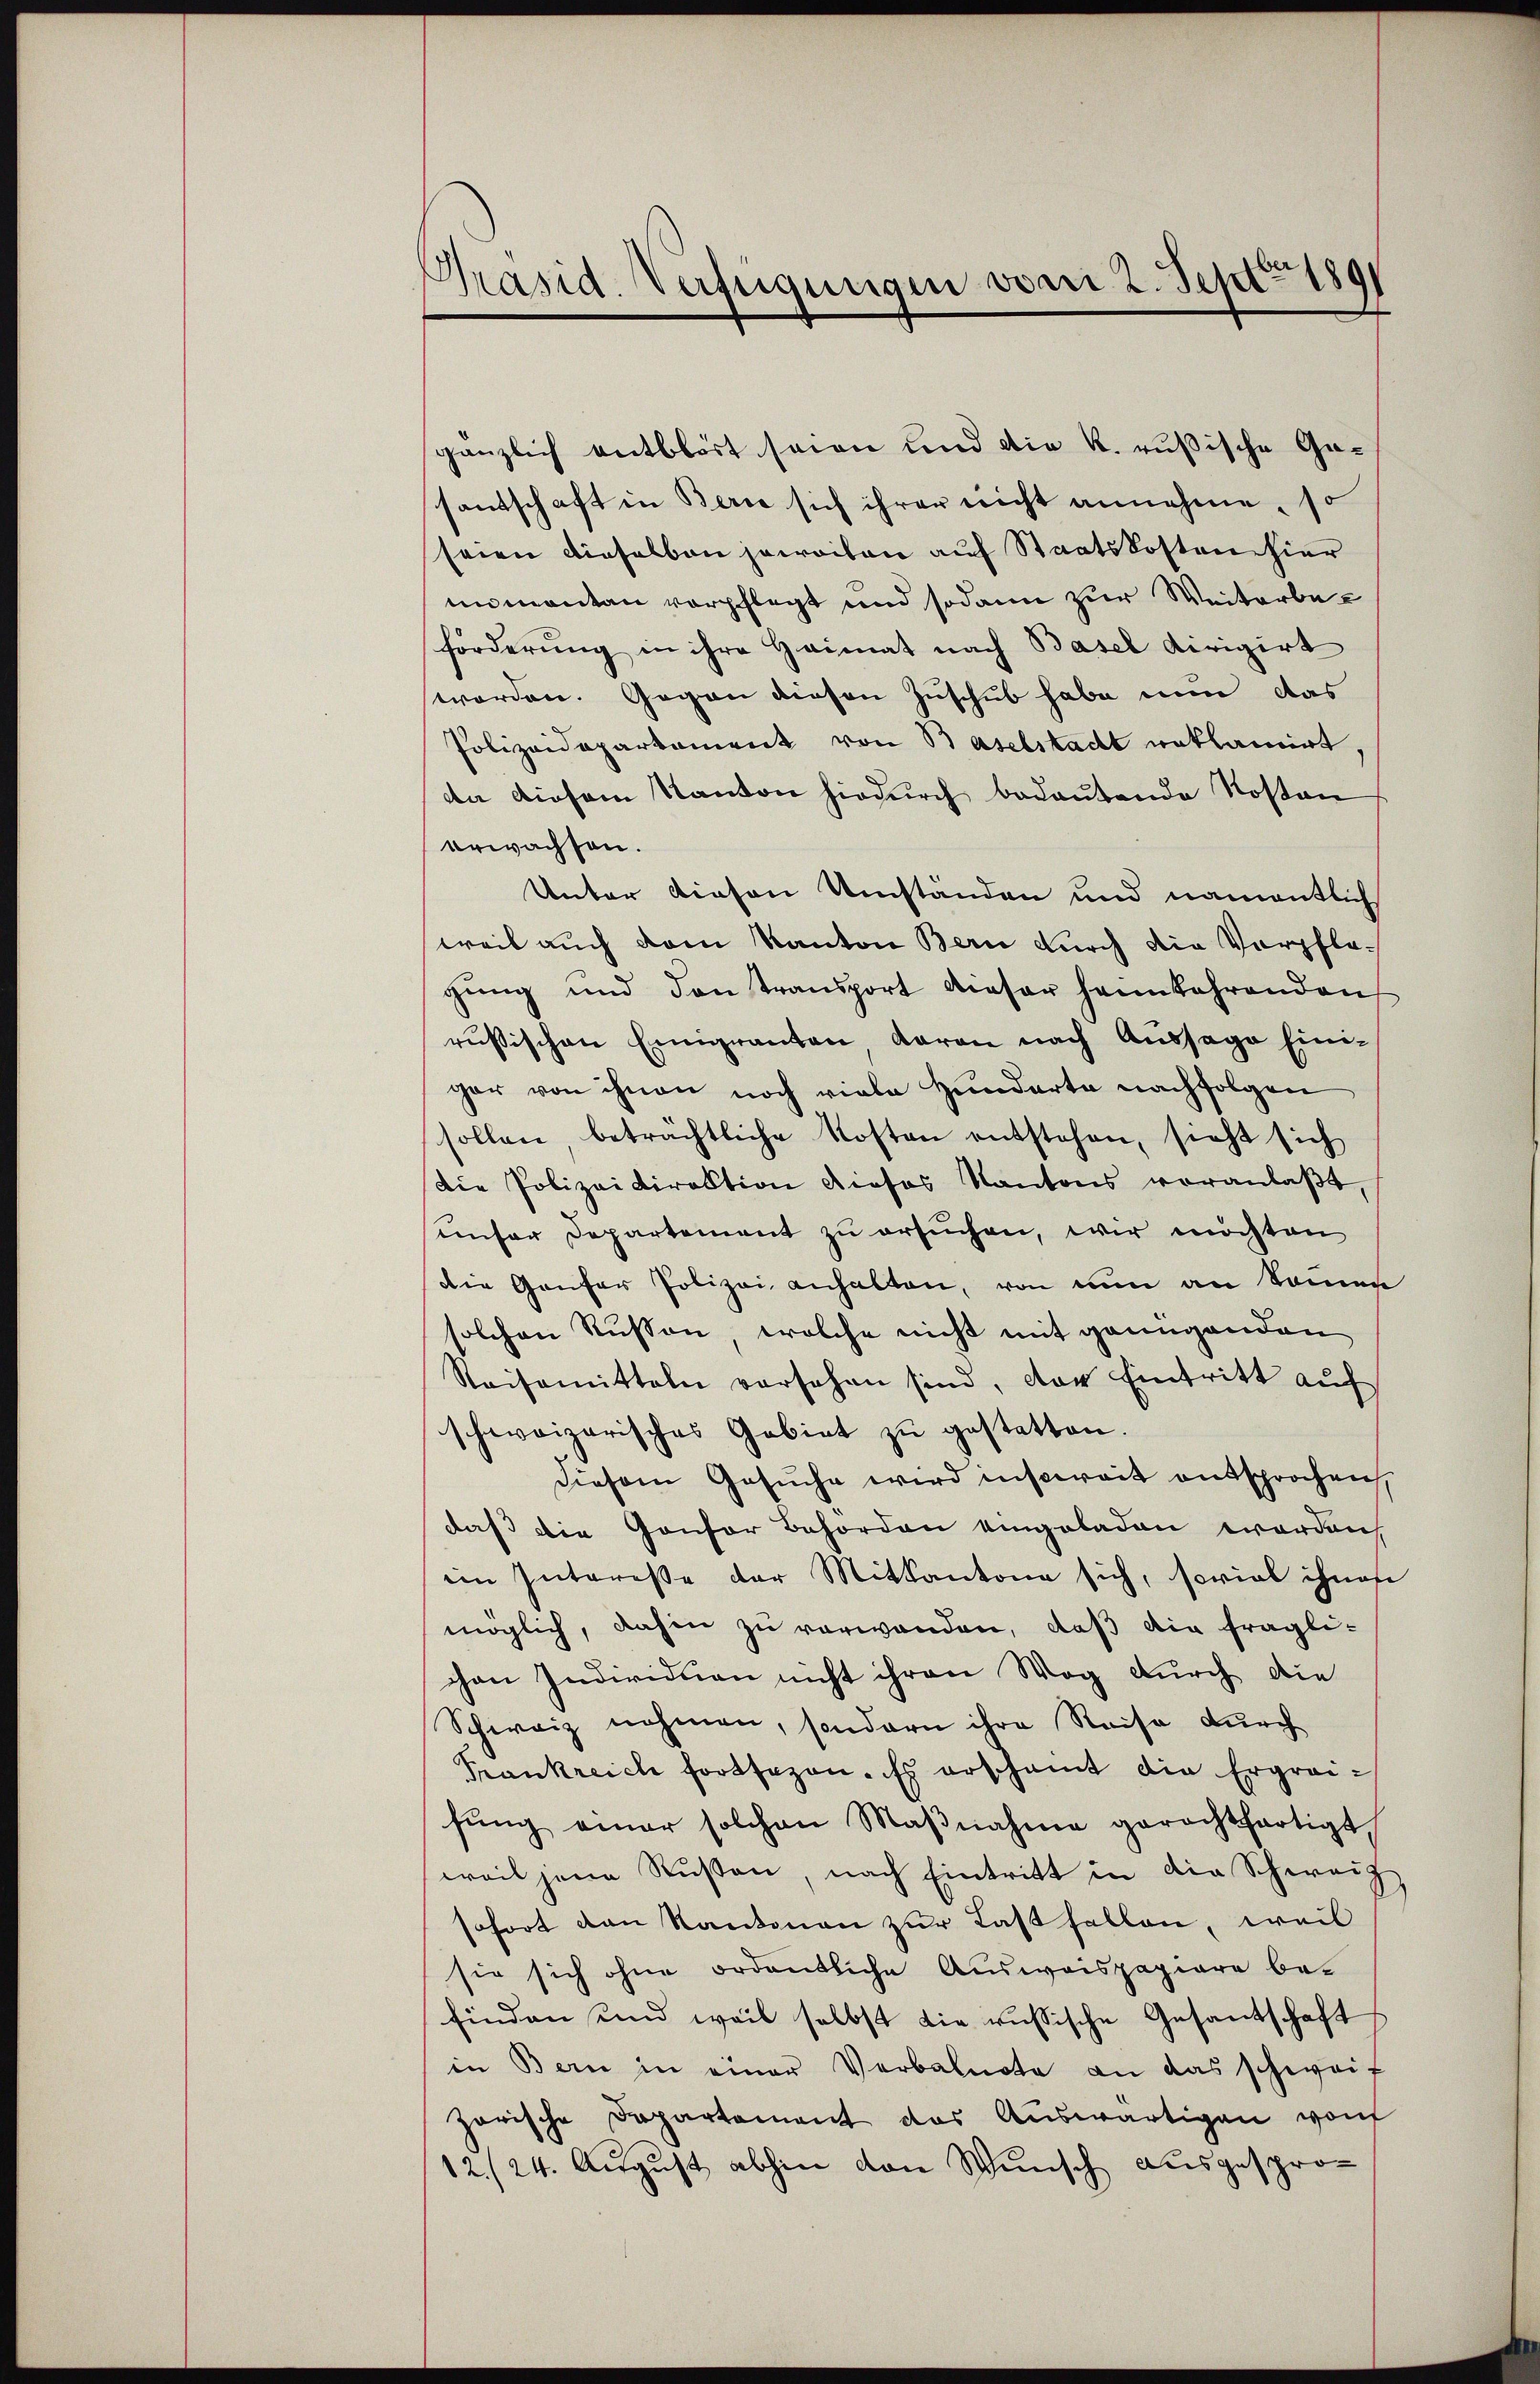
Präsid. Verfügungen vom 2. Sept. 1891

gänzlich entblört seien und die k. rußische Gasantschaft in Berne sich ihrer nicht annehme, so
seien dieselben jeweiten auf Staatskosten hier
mnmentan verpflegt und sodann zur Weiterbeförderung in ihre Heimat nach Basel dirigirt
worden. Gegen diesen Zuschub habe nun das
Polizeidepartament von Baselstadt reklamirt.
a diesem Kanton hiedurch bedeutende Kosten
erwachsen.
Unter diesen Umständen und namentlich
weil auch dem Kanton Bern durch die Verpflegung und den Transport dieser heimkehrenden
rusischen Emigranten daran nach Aussage Ein-
ger von ihnen noch viele Hunderte nachfolgen
sollen beträchtliche Kosten entstehen, sieht sich
die Polizeidirektion dieses Kantons veranlaβt,
unser Departement zu ersuchen, wir möchten
die Genfer Polizei anhalten, von nun an Sommen
solchen Russon, welche nicht mit genügenden
Reisemitteln versehen sind, der Eintritt auf
schweizerisches Gebiet zu gestatten.
diesem Gesŭche wird insoweit entsprochen,
daß die Consor Behörden eingeladen worden,
ein Interesse der Mitkantone sich, soviel ihnen
möglich, dahin zu verwanden, daß die fraglichen Individuen nicht ihren Weg durch die
Schweiz nehmen, sondern ihre Reise durch
Frankreich fortsezen. Es erschamt die Ergreifŭng einer solchen Maβnahme gerechtfertigt
weil jene Rußten, nach Eintritt in die Schweiz
sofort den Kantonen zur Last fallen, weil
sie sich ohne ordentliche Ausweispapiere befinden und weil selbst die russische Gesantschaft
in Bern in einer Verbalnote an das schweif
zarische Departement das Auswärtigen von
12/24. August abhin von Wunsch ausgespro¬